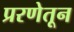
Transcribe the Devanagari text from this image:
प्ररणेतून